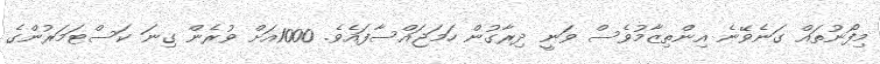
މިފޯނުތައް ގަނެވޭނެ އިންތިޒާމުވެސް ވަނީ ދިރާގުން ހަމަޖައްސާފައެވެ. 1000އަށް ވުރެން ގިނަ ކަސްޓަމަރުންގެ